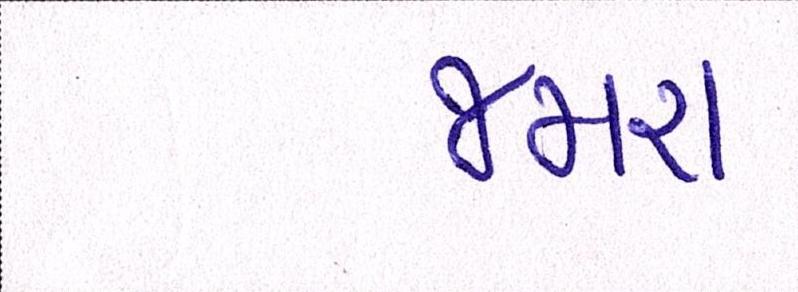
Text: જમરા